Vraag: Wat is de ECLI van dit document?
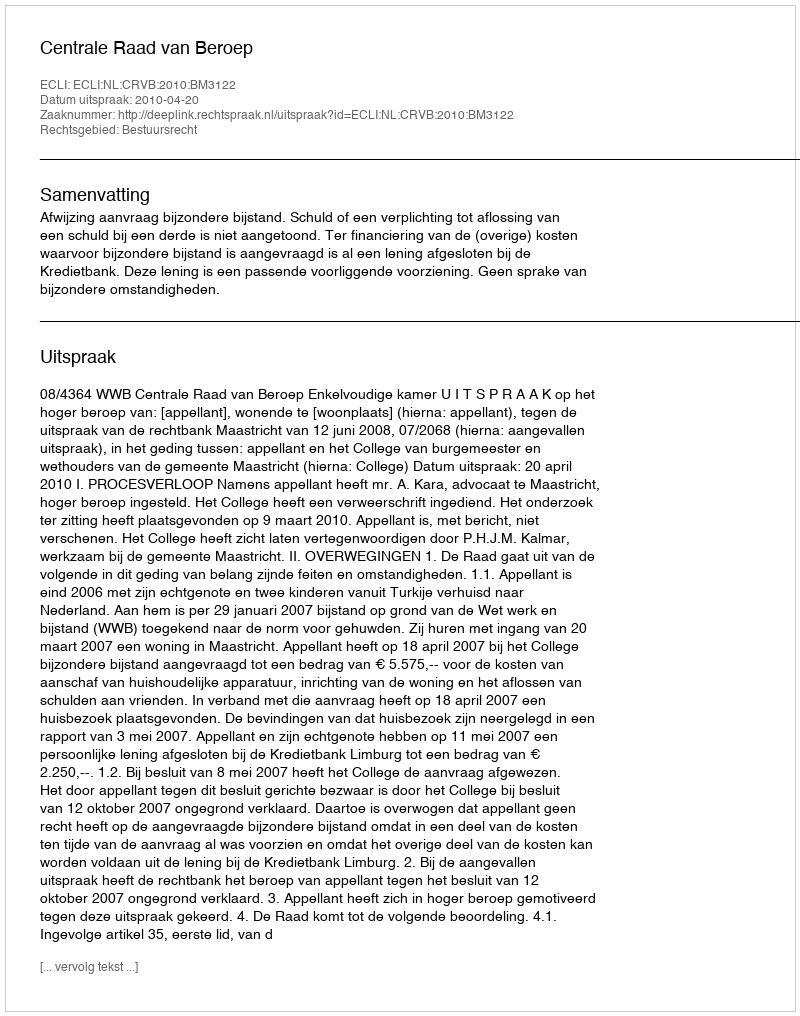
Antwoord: ECLI:NL:CRVB:2010:BM3122